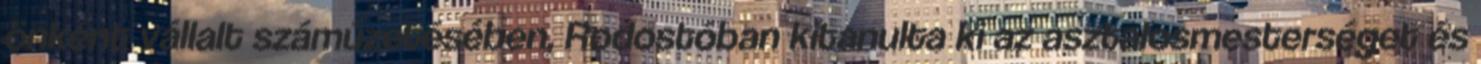
önként vállalt száműzetésében, Rodostóban kitanulta ki az asztalosmesterséget és